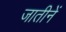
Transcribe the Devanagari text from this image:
जातीनें